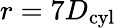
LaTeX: r=7D_{\textrm{cyl}}